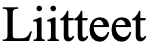
Liitteet